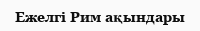
Ежелгі Рим ақындары